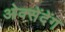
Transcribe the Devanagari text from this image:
ओक्सेंदेंग